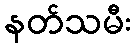
နတ်သမီး